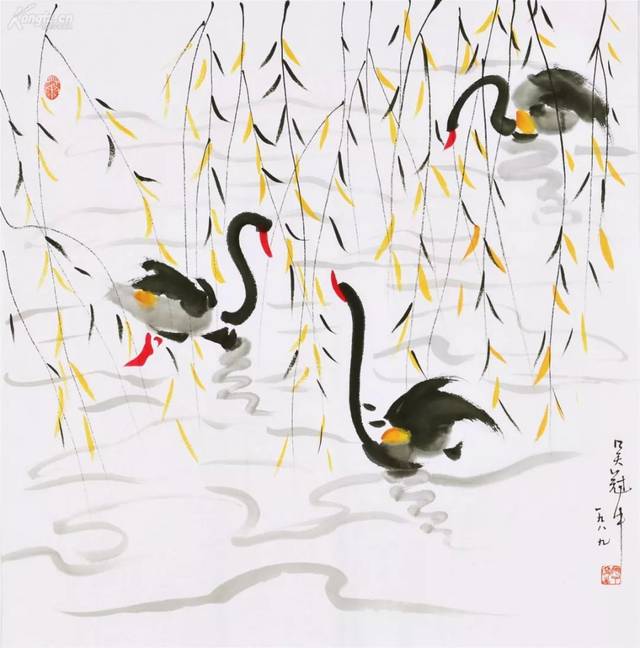
投躯报明主，身死为国殇。